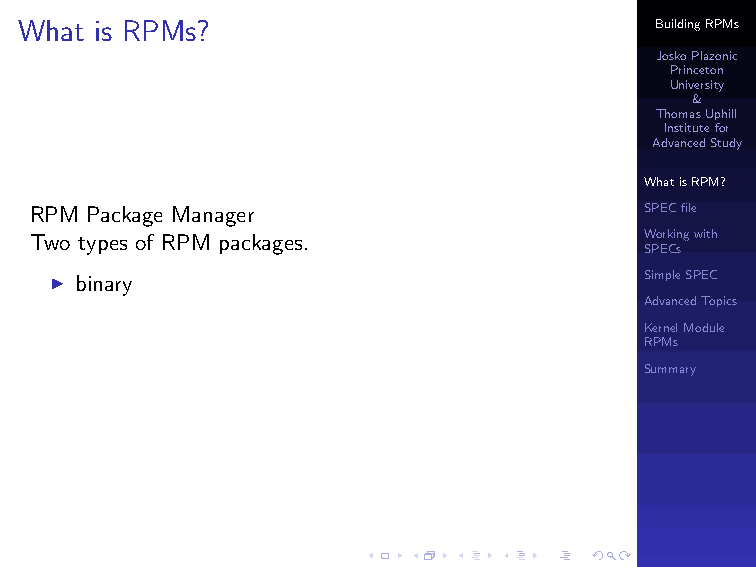
I source
 What is RPMs?                             BuildingRPMs
 JoskoPlazonic
 Princeton
 University
 &
 ThomasUphill
 Institutefor
 AdvancedStudy
 WhatisRPM?
 RPM Package Manager                      SPECfile
 Two types of RPM packages.               Workingwith
 SPECs
 I binary                                SimpleSPEC
 AdvancedTopics
 KernelModule
 RPMs
 Summary